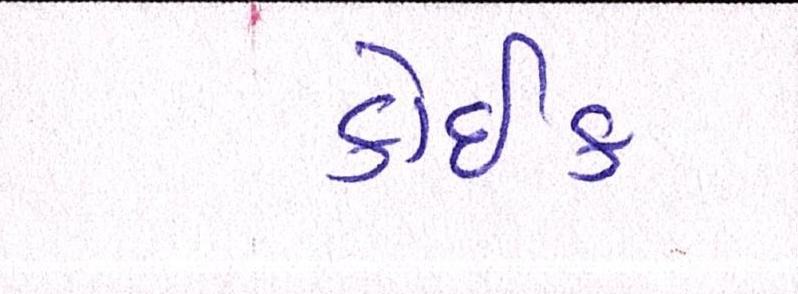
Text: કોઈક